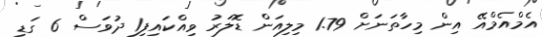
އެމްއެމްއޭ އިން މިހާތަނަށް 1.79 މިލިއަން ޑޮލަރު ވިއްކައިފި1 ދުވަސް 6 ގަޑި